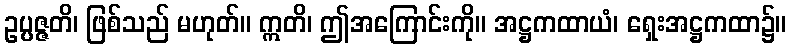
ဥပ္ပဇ္ဇတိ၊ ဖြစ်သည် မဟုတ်။ ဣတိ၊ ဤအကြောင်းကို။ အဋ္ဌကထာယံ၊ ရှေးအဋ္ဌကထာ၌။